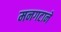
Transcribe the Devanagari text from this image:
मनगटाने